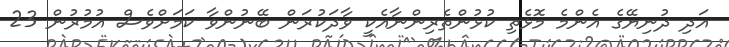
އަދި ދުނިޔޭގެ އެންމެ މޮޅެތި ކުޅުންތެރިންނާއެކީ ވާދަކުރަން ބޭނުންވާ ކަމަށްވެސް އުމުރުން 23